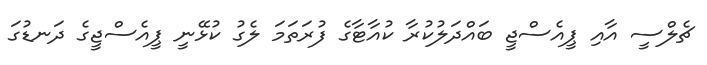
ޗެލްސީ އާއި ޕީއެސްޖީ ބައްދަލުކުރާ ކުއާޓާގެ ފުރަތަމަ ލެގު ކުޅޭނީ ޕީއެސްޖީގެ ދަނޑުގަ